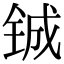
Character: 铖